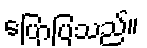
ပြောပြသည်။